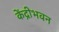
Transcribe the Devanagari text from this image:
केंद्रीभवन